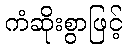
ကံဆိုးစွာဖြင့်